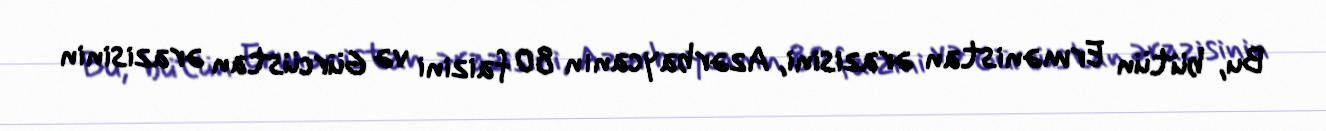
Bu, bütün Ermənistan ərazisini, Azərbaycanın 80 faizini və Gürcüstan ərazisinin